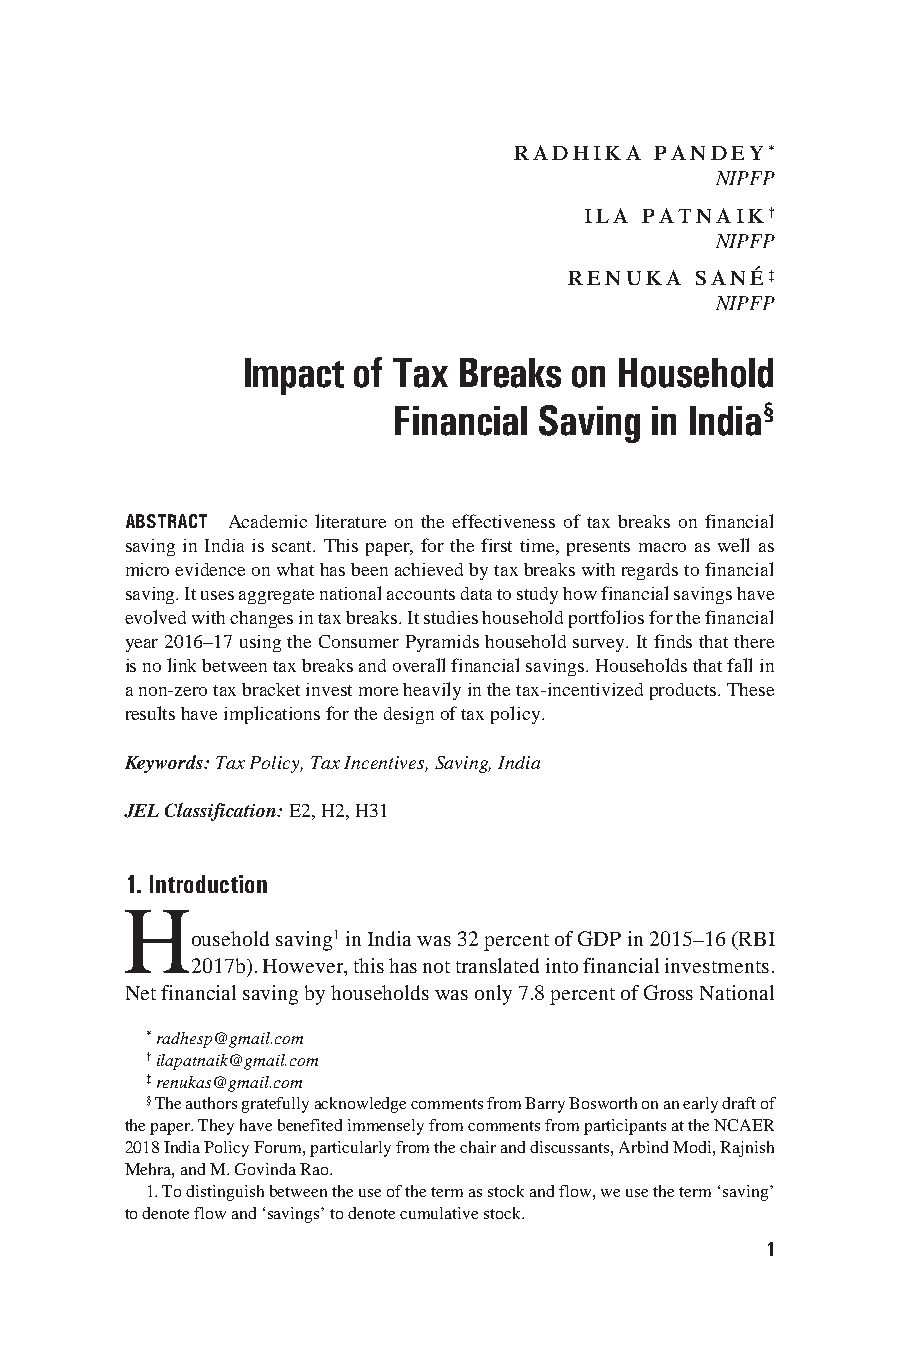
RADHIKA  PANDEY*
 NIPFP
 ILA PATNAIK†
 NIPFP
 RENUKA   SAN É‡
 NIPFP
 Impact of Tax Breaks  on Household
 Financial Saving in India§
 ABSTRACT Academic literature on the effectiveness of tax breaks on financial
 saving in India is scant. This paper, for the first time, presents macro as well as
 micro evidence on what has been achieved by tax breaks with regards to financial
 saving. It uses aggregate national accounts data to study how financial savings have
 evolved with changes in tax breaks. It studies household portfolios for the financial
 year 2016–17 using the Consumer Pyramids household survey. It finds that there
 is no link between tax breaks and overall financial savings. Households that fall in
 a non-zero tax bracket invest more heavily in the tax-incentivized products. These
 results have implications for the design of tax policy.
 Keywords: Tax Policy, Tax Incentives, Saving, India
 JEL Classification: E2, H2, H31
 1. Introduction
 H
 ousehold saving1 in India was 32 percent of GDP in 2015–16 (RBI
 2017b). However, this has not translated into financial investments.
 Net financial saving by households was only 7.8 percent of Gross National
 * radhesp@gmail.com
 † ilapatnaik@gmail.com
 ‡ renukas@gmail.com
 § The authors gratefully acknowledge comments from Barry Bosworth on an early draft of
 the paper. They have benefited immensely from comments from participants at the NCAER
 2018 India Policy Forum, particularly from the chair and discussants, Arbind Modi, Rajnish
 Mehra, and M. Govinda Rao.
 1. To distinguish between the use of the term as stock and flow, we use the term ‘saving’
 to denote flow and ‘savings’ to denote cumulative stock.
 1